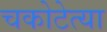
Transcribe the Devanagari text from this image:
चकोटेत्या